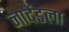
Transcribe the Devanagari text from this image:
नादेंडला